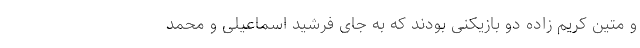
و متین کریم زاده دو بازیکنی بودند که به جای فرشید اسماعیلی و محمد